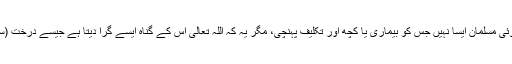
پھر آپﷺ نے فرمایا کہ کوئی مسلمان ایسا نہیں جس کو بیماری یا کچھ اور تکلیف پہنچی، مگر یہ کہ اللہ تعالیٰ اس کے گناہ ایسے گرا دیتا ہے جیسے درخت (سوکھے ) پتے گرا دیتا ہے۔